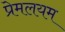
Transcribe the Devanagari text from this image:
प्रेमलयम